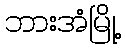
ဘားအံမြို့